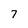
Character: 7